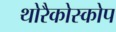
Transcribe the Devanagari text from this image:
थोरैकोस्कोप